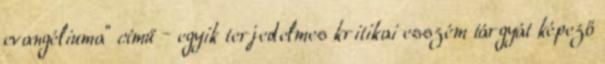
evangéliuma” című – egyik ter­jedelmes kritikai esszém tárgyát képező